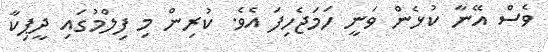
ވެސް އޭނާ ކުޅެން ވަނީ ހަމަޖެހިފަ އެވެ. ކުރިން މި ފިލްމުގައި ދީޕިކާ